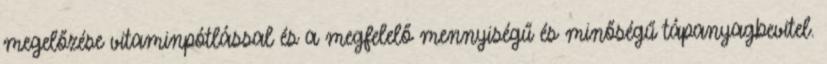
megelőzése vitaminpótlással és a megfelelő mennyiségű és minőségű tápanyagbevitel.